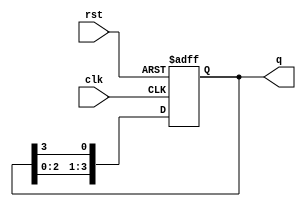
module ring_counter (
    input wire clk,        // Primary clock input
    input wire rst,        // Asynchronous reset input
    output reg [N-1:0] q   // Output state of the counter
);

// Parameter for bit width (N)
parameter N = 4; // You can change this to any desired size

// Always block triggered on the rising edge of the clock or when reset is asserted
always @(posedge clk or posedge rst) begin
    if (rst) begin
        // On reset, set the first flip-flop to 1 and the rest to 0
        q <= 1'b1; // Start with 000...0001
    end else begin
        // Shift the '1' to the next flip-flop
        q <= {q[N-2:0], q[N-1]}; // Shift left and wrap around
    end
end

endmodule